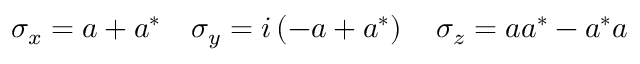
\sigma _ { x } = a + a ^ { * } \quad \sigma _ { y } = i \left( - a + a ^ { * } \right) \quad \sigma _ { z } = a a ^ { * } - a ^ { * } a